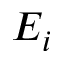
E _ { i }